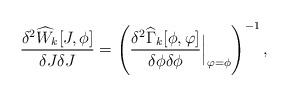
LaTeX: \begin{align*}\frac{\delta^2 \widehat{W}_k[J,\phi]}{\delta J\delta J}=\left( \frac{\delta^2 \widehat{\Gamma}_k[\phi,\varphi]}{\delta\phi\delta\phi} {\Big |}_{\varphi=\phi}\right)^{-1},\end{align*}